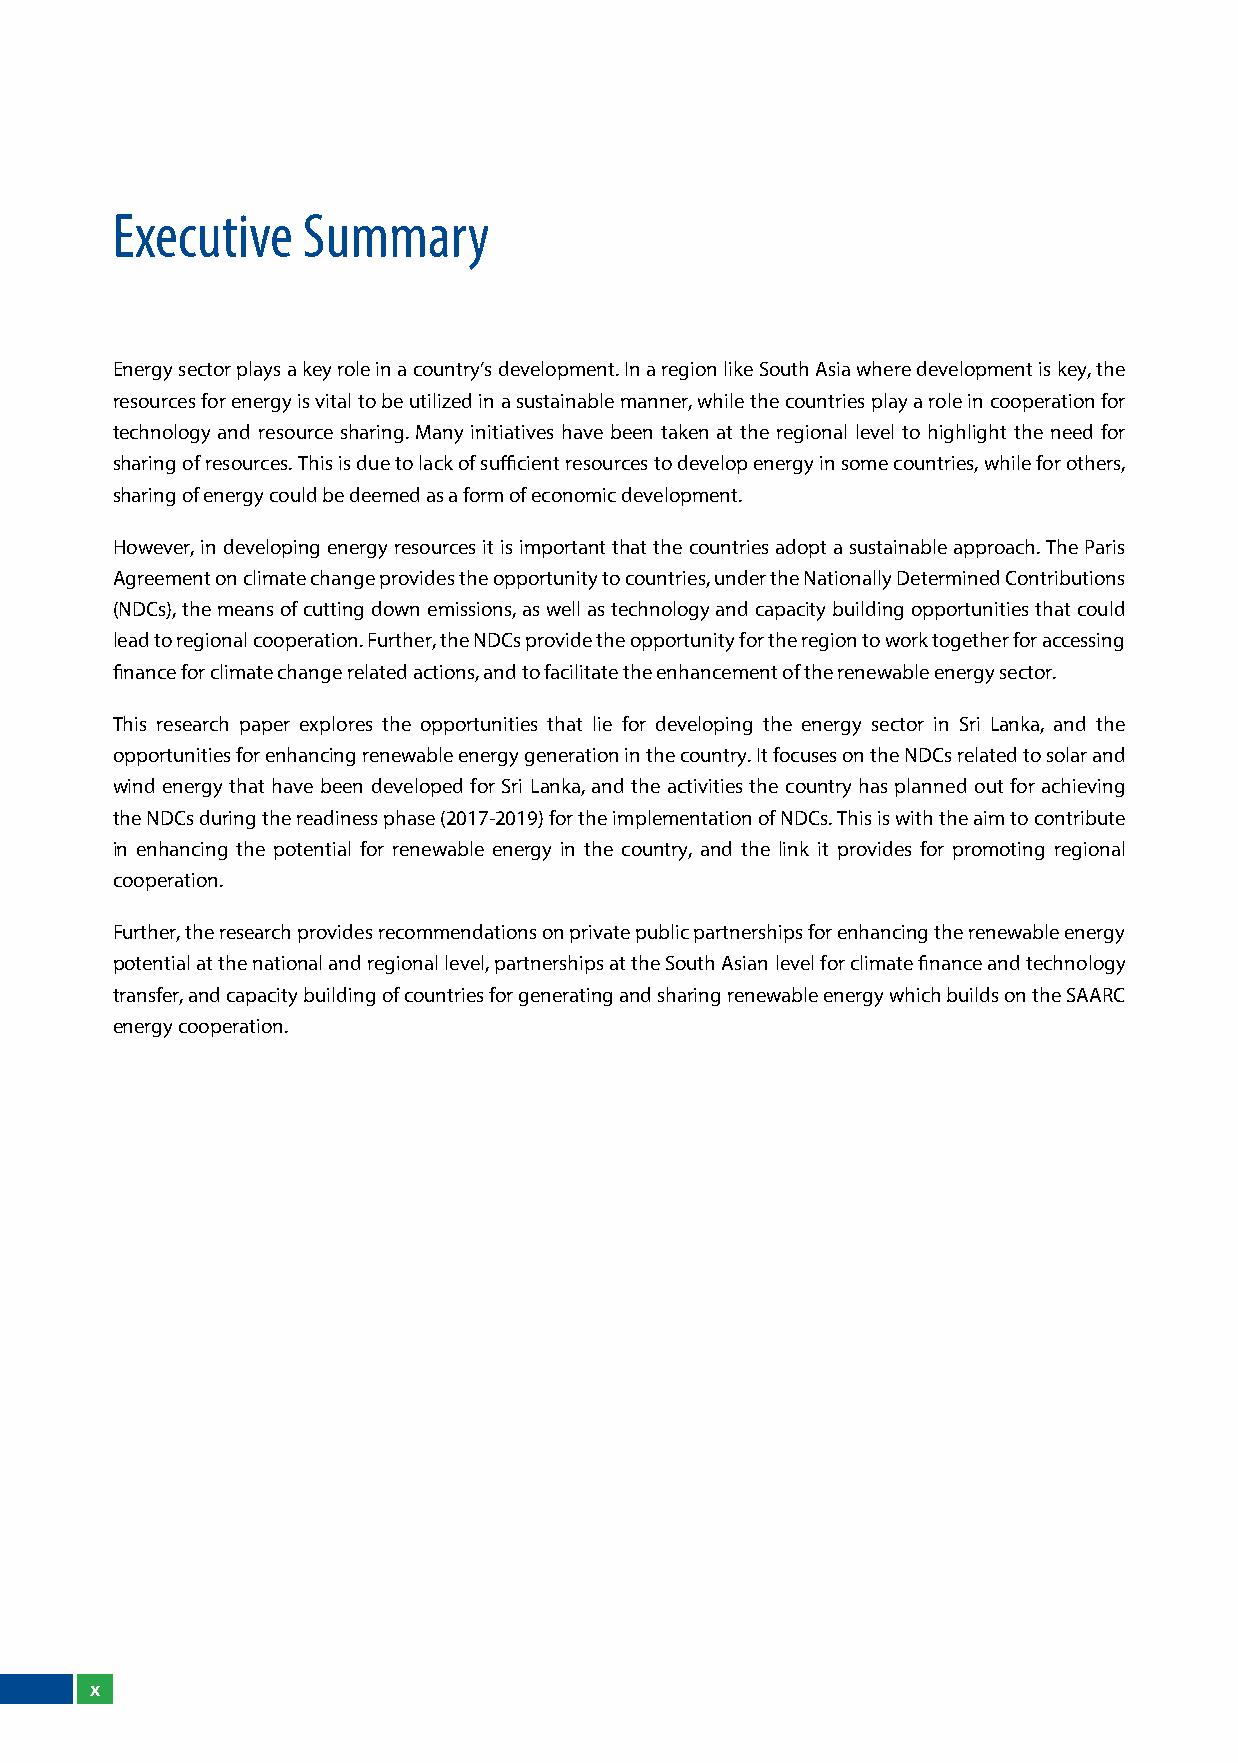
Executive    Summary
 Energy sector plays a key role in a country’s development. In a region like South Asia where development is key, the
 resources for energy is vital to be utilized in a sustainable manner, while the countries play a role in cooperation for
 technology and resource sharing. Many initiatives have been taken at the regional level to highlight the need for
 sharing of resources. This is due to lack of sufficient resources to develop energy in some countries, while for others,
 sharing of energy could be deemed as a form of economic development.
 However, in developing energy resources it is important that the countries adopt a sustainable approach. The Paris
 Agreement on climate change provides the opportunity to countries, under the Nationally Determined Contributions
 (NDCs), the means of cutting down emissions, as well as technology and capacity building opportunities that could
 lead to regional cooperation. Further, the NDCs provide the opportunity for the region to work together for accessing
 finance for climate change related actions, and to facilitate the enhancement of the renewable energy sector.
 This research paper explores the opportunities that lie for developing the energy sector in Sri lanka, and the
 opportunities for enhancing renewable energy generation in the country. It focuses on the NDCs related to solar and
 wind energy that have been developed for Sri lanka, and the activities the country has planned out for achieving
 the NDCs during the readiness phase (2017-2019) for the implementation of NDCs. This is with the aim to contribute
 in enhancing the potential for renewable energy in the country, and the link it provides for promoting regional
 cooperation.
 Further, the research provides recommendations on private public partnerships for enhancing the renewable energy
 potential at the national and regional level, partnerships at the South Asian level for climate finance and technology
 transfer, and capacity building of countries for generating and sharing renewable energy which builds on the SAARC
 energy cooperation.
 x